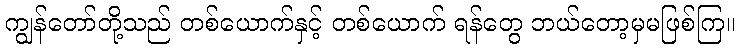
ကျွန်တော်တို့သည် တစ်ယောက်နှင့် တစ်ယောက် ရန်တွေ ဘယ်တော့မှမဖြစ်ကြ။